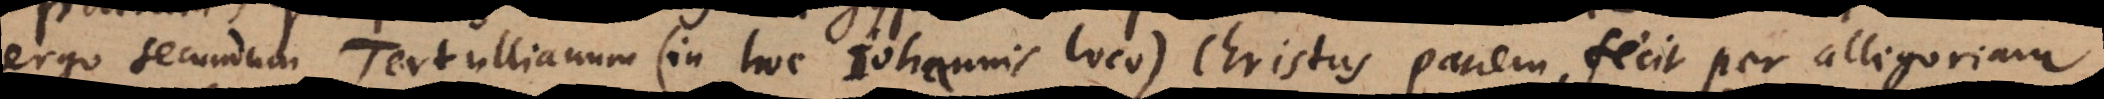
ergo secundum Tertullianum (in hoc Johannis loco) Christus panem fecit per allegoriam